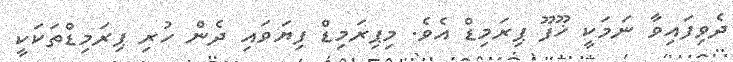
ދެވިފައިވާ ނަމަކީ ޚޫފޫ ޕިރަމިޑް އެވެ. މިޕިރަމިޑް ފިޔަވައި ދެން ހުރި ޕިރަމިޑްތަކަކީ